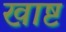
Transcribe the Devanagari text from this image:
खाष्ट